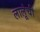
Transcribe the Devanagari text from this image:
लालूंची